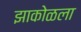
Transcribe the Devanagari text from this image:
झाकोळला